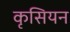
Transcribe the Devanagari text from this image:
कृसियन